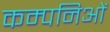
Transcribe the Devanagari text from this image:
कम्पनिओं